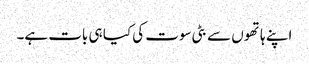
اپنے ہاتھوں سے بٹی سوت کی کیا ہی بات ہے۔